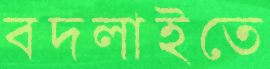
বদলাইতে